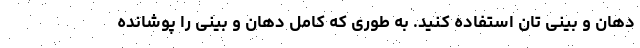
دهان و بینی تان استفاده کنید. به طوری که کامل دهان و بینی را پوشانده